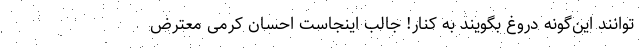
توانند این‌گونه دروغ‌ بگویند به کنار! جالب اینجاست احسان کرمی معترض